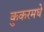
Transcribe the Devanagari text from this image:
कुकरमधे